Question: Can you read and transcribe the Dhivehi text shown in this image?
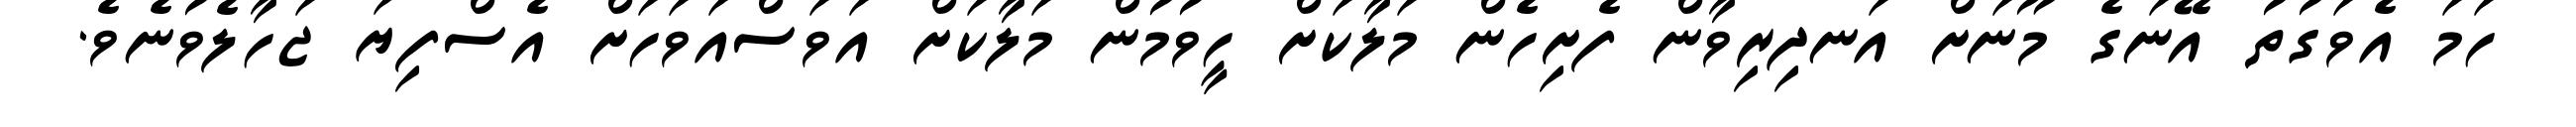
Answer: ހަމަ އެވަގުތު އޭނަގެ މޫނަށް އަނދިރިވާން ފެށިހެން މަލާކަށް ހީވުމުން މަލާކަށް އަވަސްއަވަހަށް އެސްފިޔަ ޖަހާލެވުނެވެ.